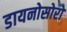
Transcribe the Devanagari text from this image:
डायनोसोरों